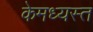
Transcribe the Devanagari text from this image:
केमध्यस्त